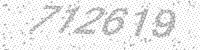
Solution: 712619